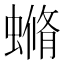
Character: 䗛